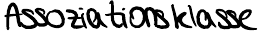
Assoziationsklasse